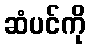
ဆံပင်ကို